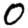
Digit: 0